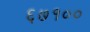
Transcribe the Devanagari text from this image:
६७१००